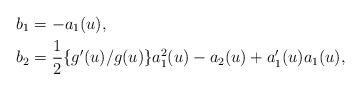
LaTeX: \begin{align*}b_1 &=-a_1(u), \\b_2 &=\frac{1}{2} \{ g'(u)/g(u) \} a_1^2(u)-a_2(u) + a_1'(u) a_1(u), \end{align*}